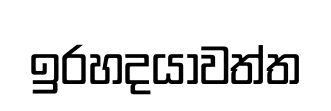
ඉරහදයාවත්ත